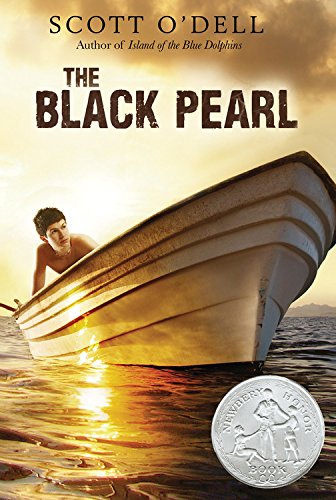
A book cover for The Black Pearl; Scott O'Dell; Teen & Young Adult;